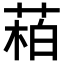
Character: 𬝌